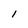
Character: I